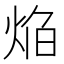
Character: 焔